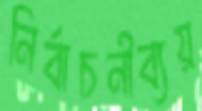
নির্বাচনীব্যয়